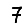
Digit: 7